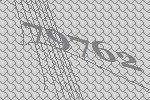
79762